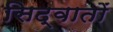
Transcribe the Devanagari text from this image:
सिद्वातों